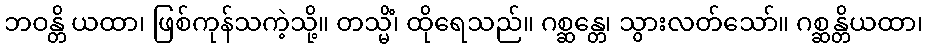
ဘဝန္တိ ယထာ၊ ဖြစ်ကုန်သကဲ့သို့။ တသ္မိံ၊ ထိုရေသည်။ ဂစ္ဆန္တေ၊ သွားလတ်သော်။ ဂစ္ဆန္တိယထာ၊